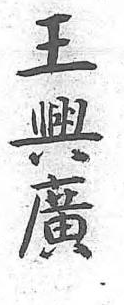
王興廣